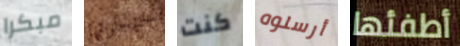
مبكرا حنجرتها كنت أرسلوه أطفئها